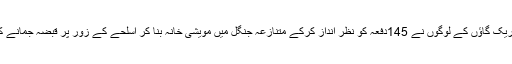
کیونکہ جس وقت بتریک گاؤں کے لوگوں نے 145دفعہ کو نظر انداز کرکے متنازعہ جنگل میں مویشی خانہ بنا کر اسلحے کے زور پر قبضہ جمانے کی کوشش کی تھی ۔